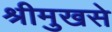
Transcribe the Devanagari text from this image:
श्रीमुखसे